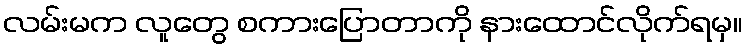
လမ်းမက လူတွေ စကားပြောတာကို နားထောင်လိုက်ရမှ။